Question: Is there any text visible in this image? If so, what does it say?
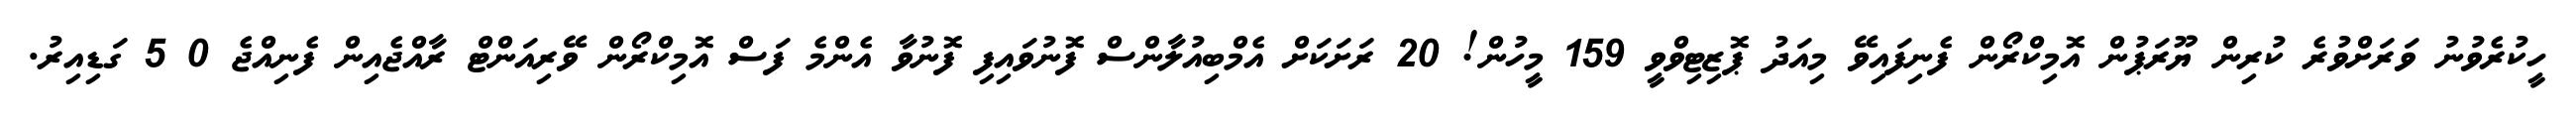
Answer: ހީކުރެވުނު ވަރަށްވުރެ ކުރިން ޔޫރަޕުން އޮމިކްރޯން ފެނިފައިވޭ މިއަދު ޕޮޒިޓިވްވީ 159 މީހުން! 20 ރަށަކަށް އެމްބިއުލާންސް ފޮނުވައިފި ފޮނުވާ އެންމެ ފަސް އޮމިކްރޯން ވޭރިއަންޓް ރާއްޖެއިން ފެނިއްޖެ 0 5 ގަޑިއިރު.